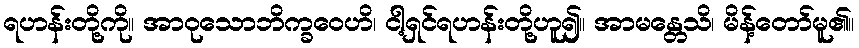
ရဟန်းတို့ကို။ အာဝုသောဘိက္ခဝေဟိ၊ ငါ့ရှင်ရဟန်းတို့ဟူ၍။ အာမန္တေသိ၊ မိန့်တော်မူ၏။